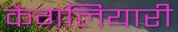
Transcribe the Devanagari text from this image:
कैगलियारी